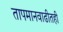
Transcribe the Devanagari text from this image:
तापमानवाढीतही